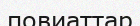
повиаттар